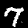
Label: 7